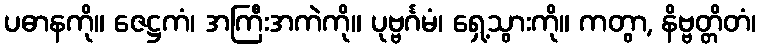
ပဓာနကို။ ဇေဋ္ဌကံ၊ အကြီးအကဲကို။ ပုဗ္ဗင်္ဂမံ၊ ရှေ့သွားကို။ ကတွာ, နိဗ္ဗတ္တိတံ၊